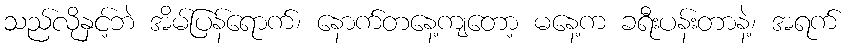
သည်လိုနှင့်ဘဲ အိမ်ပြန်ရောက်၊ နောက်တနေ့ကျတော့ မနေ့က ခရီးပန်းတာနဲ့၊ အရက်